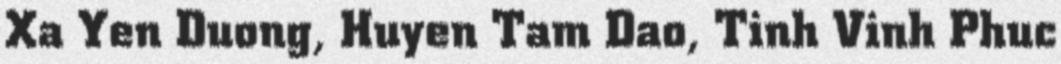
Xa Yen Duong, Huyen Tam Dao, Tinh Vinh Phuc